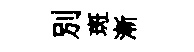
别斑漸